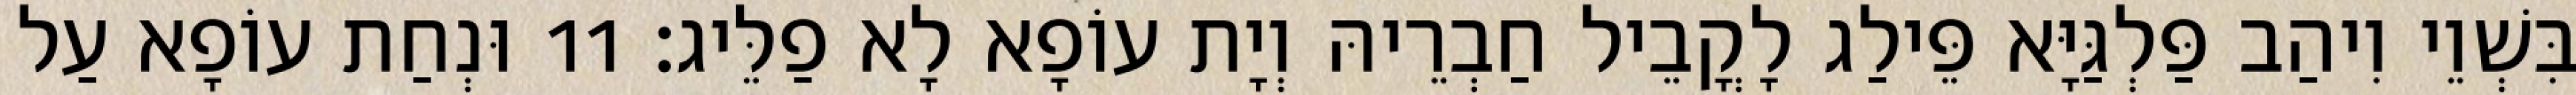
בִּשְׁוֵי וִיהַב פַּלְגַּיָּא פֵּילַג לָקֳבֵיל חַבְרֵיהּ וְיָת עוֹפָא לָא פַלֵּיג׃ 11 וּנְחַת עוֹפָא עַל